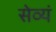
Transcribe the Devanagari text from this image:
सेव्यं